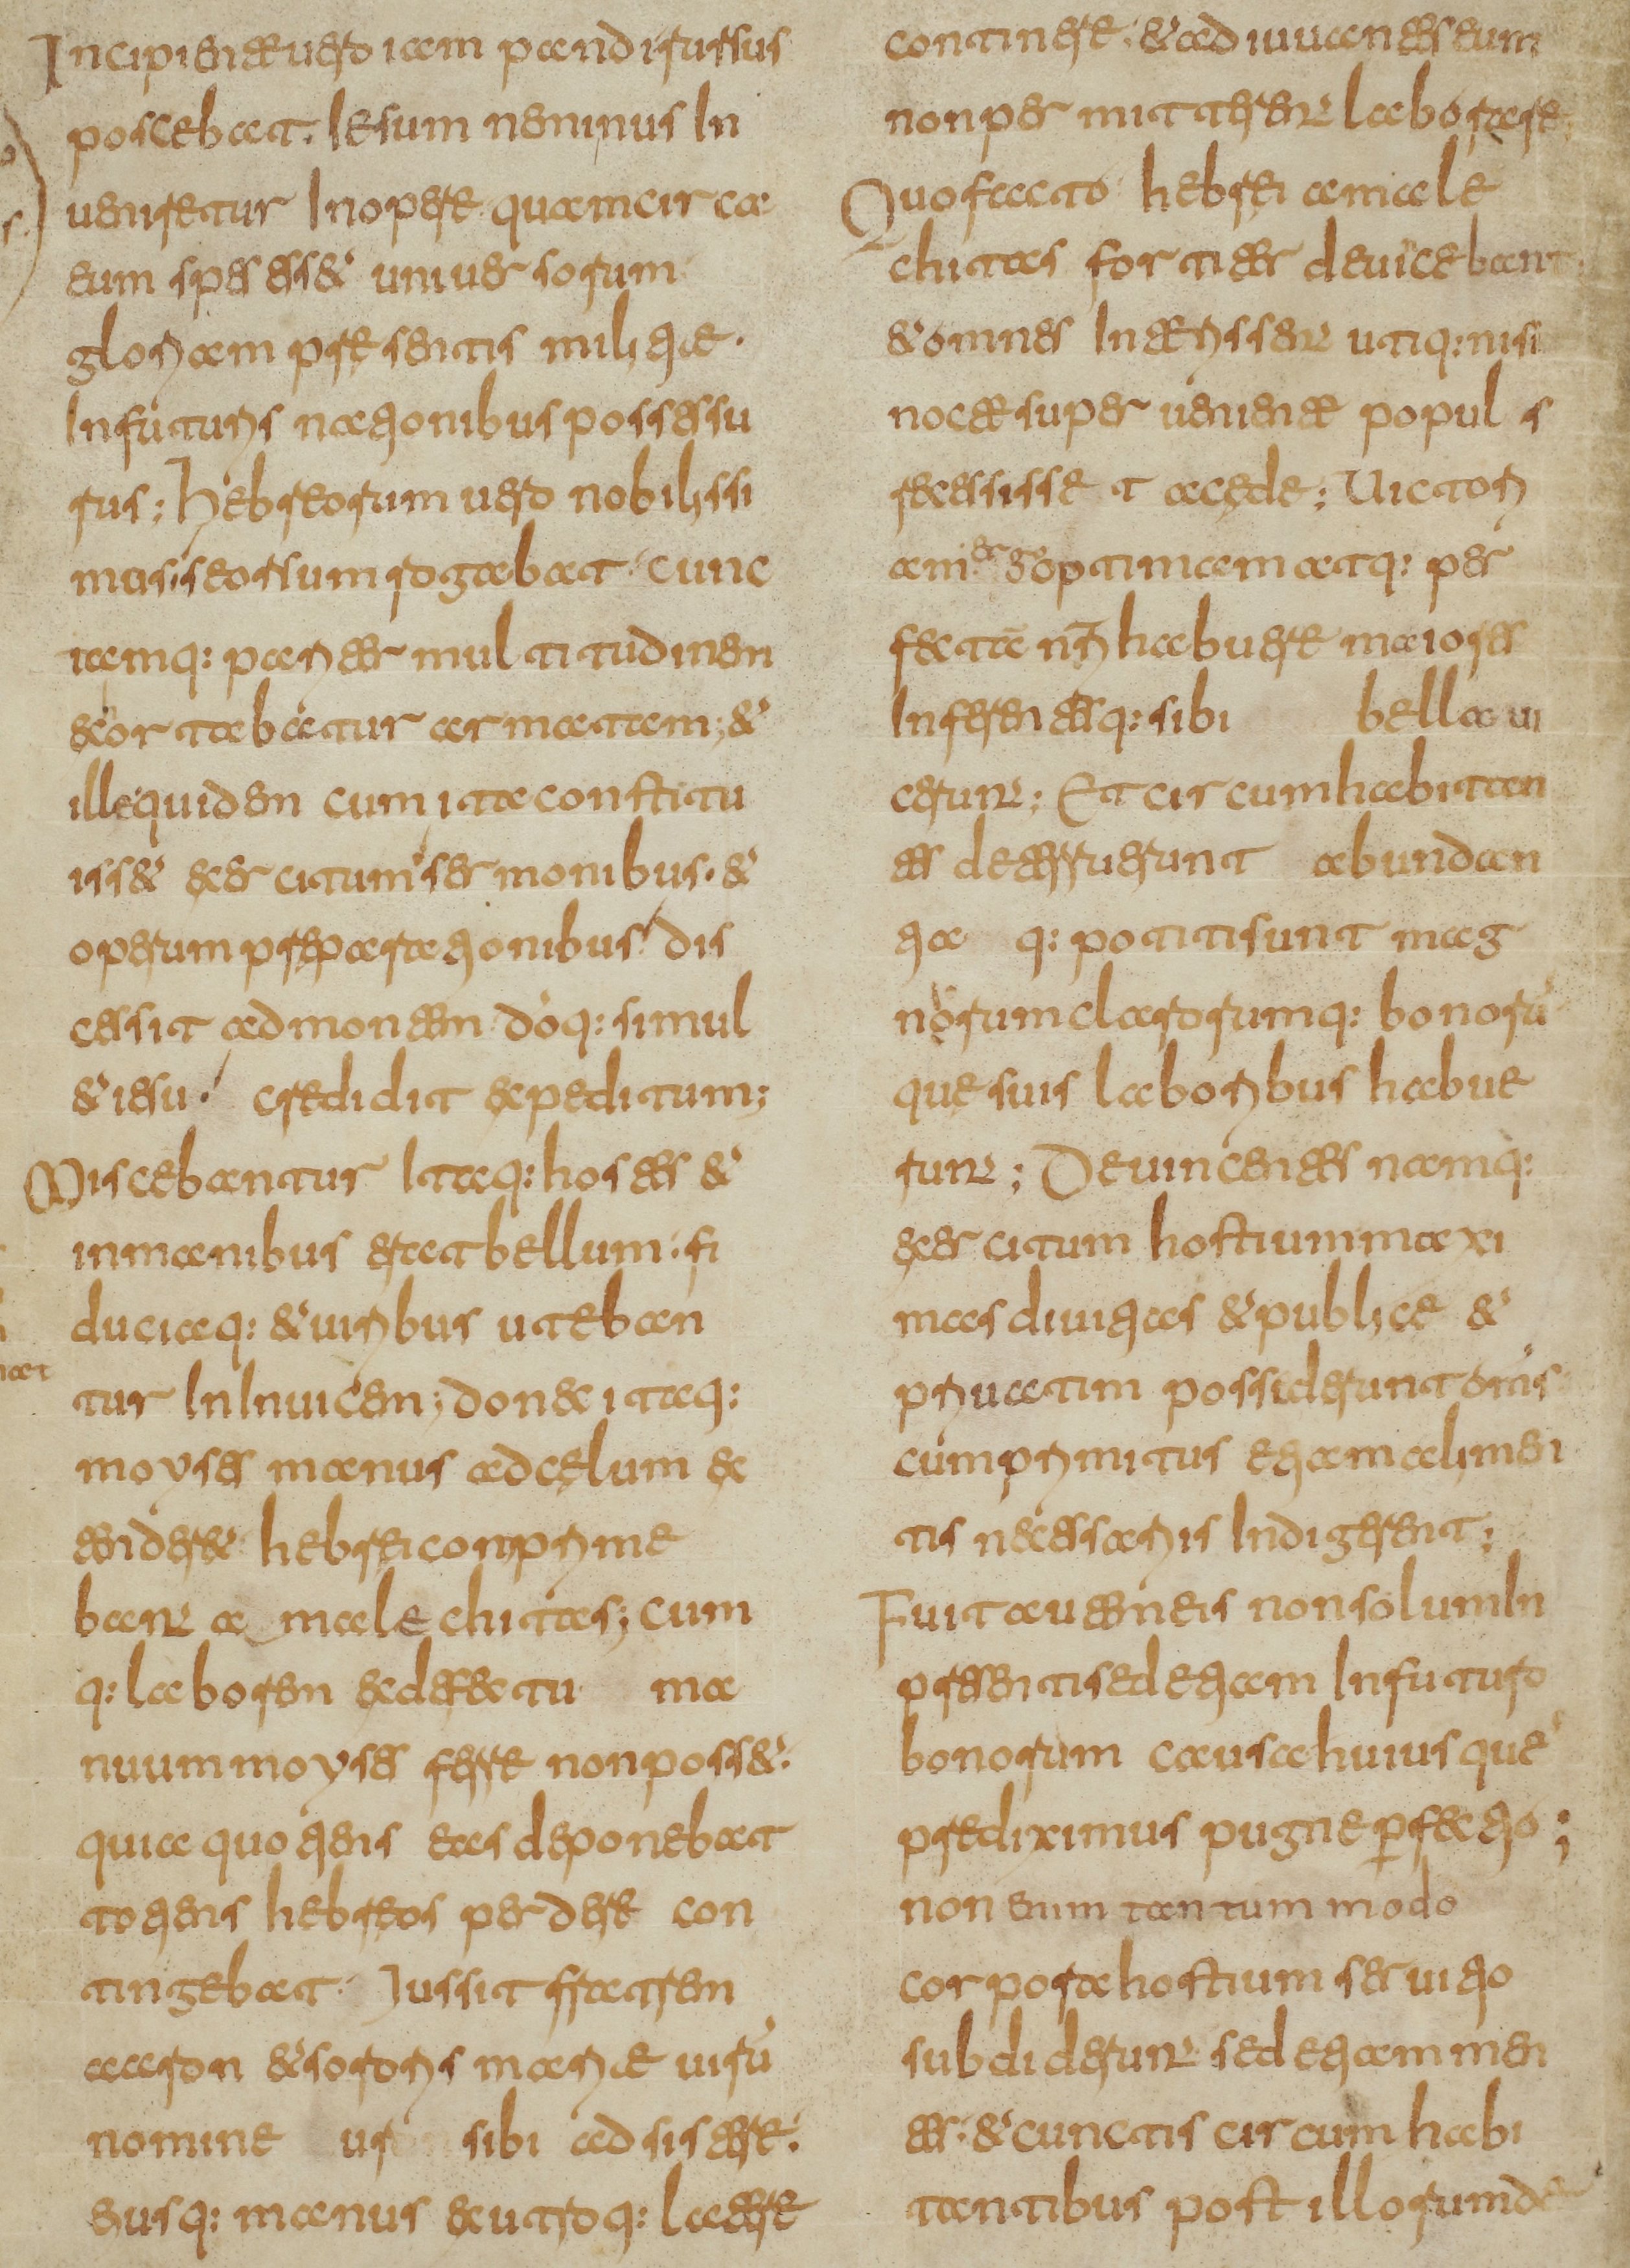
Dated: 800–849